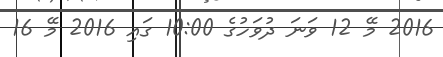
2016 މޭ 12 ވަނަ ދުވަހުގެ 10:00 ގައި 2016 މޭ 16